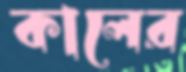
কালের